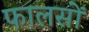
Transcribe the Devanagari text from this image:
फालसों